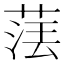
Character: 𦴵